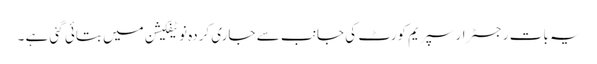
یہ بات رجسٹرار سپریم کورٹ کی جانب سے جاری کردہ نوٹیفکیشن میں بتائی گئی ہے ۔